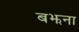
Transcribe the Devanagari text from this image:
बझना